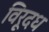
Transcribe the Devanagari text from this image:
विरूदध